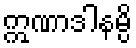
ဣဏာဒါနမ္ပိ